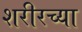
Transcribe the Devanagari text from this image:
शरीरच्या